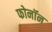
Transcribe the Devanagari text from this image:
फोनॉन